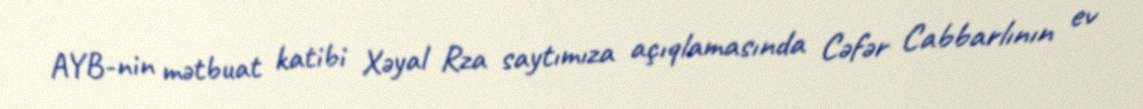
AYB-nin mətbuat katibi Xəyal Rza saytımıza açıqlamasında Cəfər Cabbarlının ev